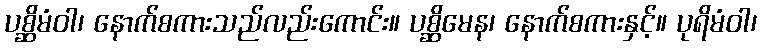
ပစ္ဆိမံဝါ၊ နောက်စကားသည်လည်းကောင်း။ ပစ္ဆိမေန၊ နောက်စကားနှင့်။ ပုရိမံဝါ၊